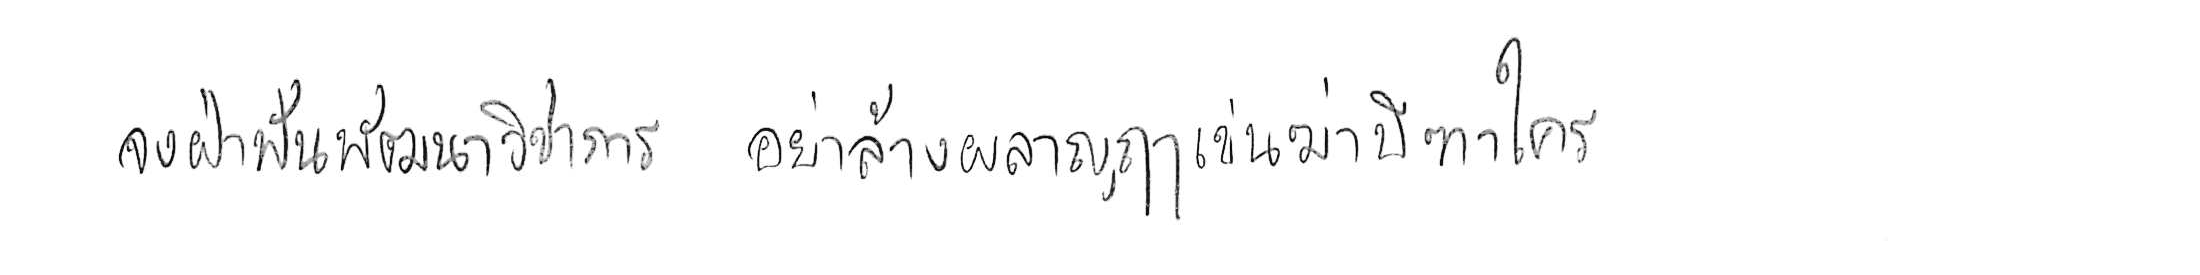
จงฝ่าฟันพัฒนาวิชาการ อย่าล้างผลาญฤๅเข่นฆ่าบีฑาใคร